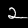
Label: 2